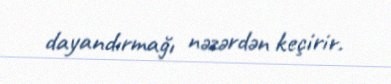
dayandırmağı nəzərdən keçirir.